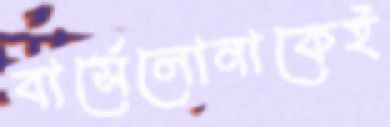
বার্সেলোনাকেই